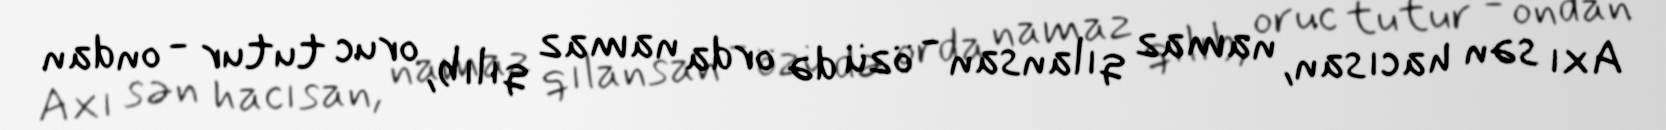
Axı sən hacısan, namaz qılansan - özü də orda namaz qılıb, oruc tutur - ondan